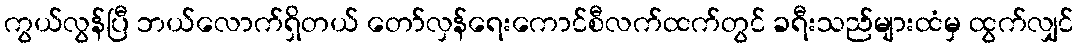
ကွယ်လွန်ပြီ ဘယ်လောက်ရှိတယ် တော်လှန်ရေးကောင်စီလက်ထက်တွင် ခရီးသည်များထံမှ ထွက်လျှင်